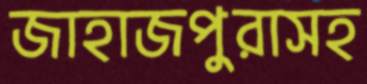
জাহাজপুরাসহ